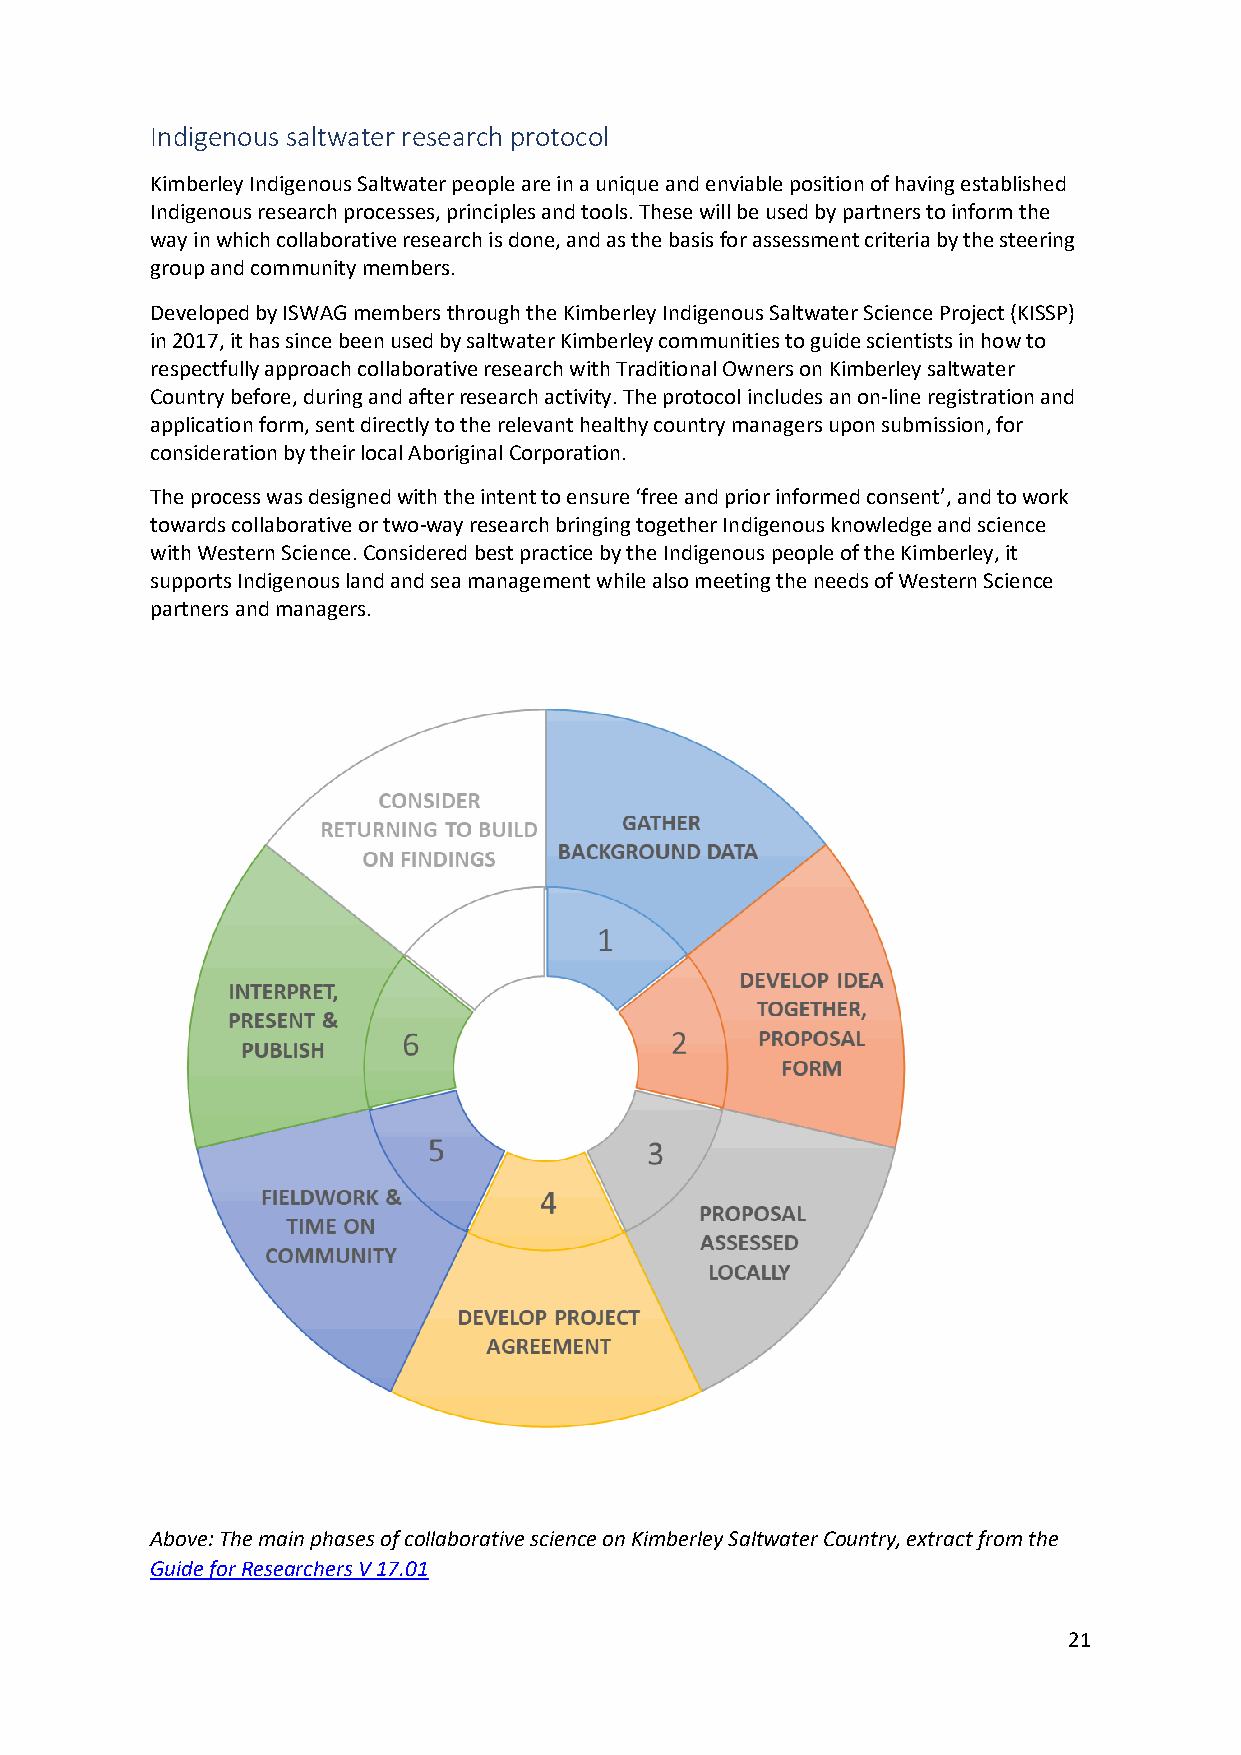
Indigenous saltwater research protocol
 Kimberley Indigenous Saltwater people are in a unique and enviable position of having established
 Indigenous research processes, principles and tools. These will be used by partners to inform the
 way in which collaborative research is done, and as the basis for assessment criteria by the steering
 group and community members.
 Developed by ISWAG members through the Kimberley Indigenous Saltwater Science Project (KISSP)
 in 2017, it has since been used by saltwater Kimberley communities to guide scientists in how to
 respectfully approach collaborative research with Traditional Owners on Kimberley saltwater
 Country before, during and after research activity. The protocol includes an on-line registration and
 application form, sent directly to the relevant healthy country managers upon submission, for
 consideration by their local Aboriginal Corporation.
 The process was designed with the intent to ensure ‘free and prior informed consent’, and to work
 towards collaborative or two-way research bringing together Indigenous knowledge and science
 with Western Science. Considered best practice by the Indigenous people of the Kimberley, it
 supports Indigenous land and sea management while also meeting the needs of Western Science
 partners and managers.
 Above: The main phases of collaborative science on Kimberley Saltwater Country, extract from the
 Guide for Researchers V 17.01
 21